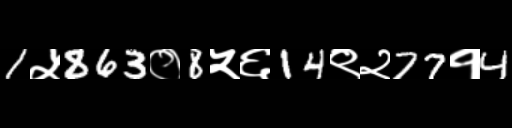
Text: 1५863०8५६14९२77१4